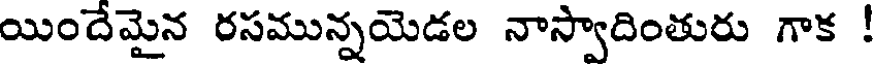
యిందేమైన రసమున్నయెడల నాస్వాదింతురు గాక !